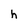
Character: h